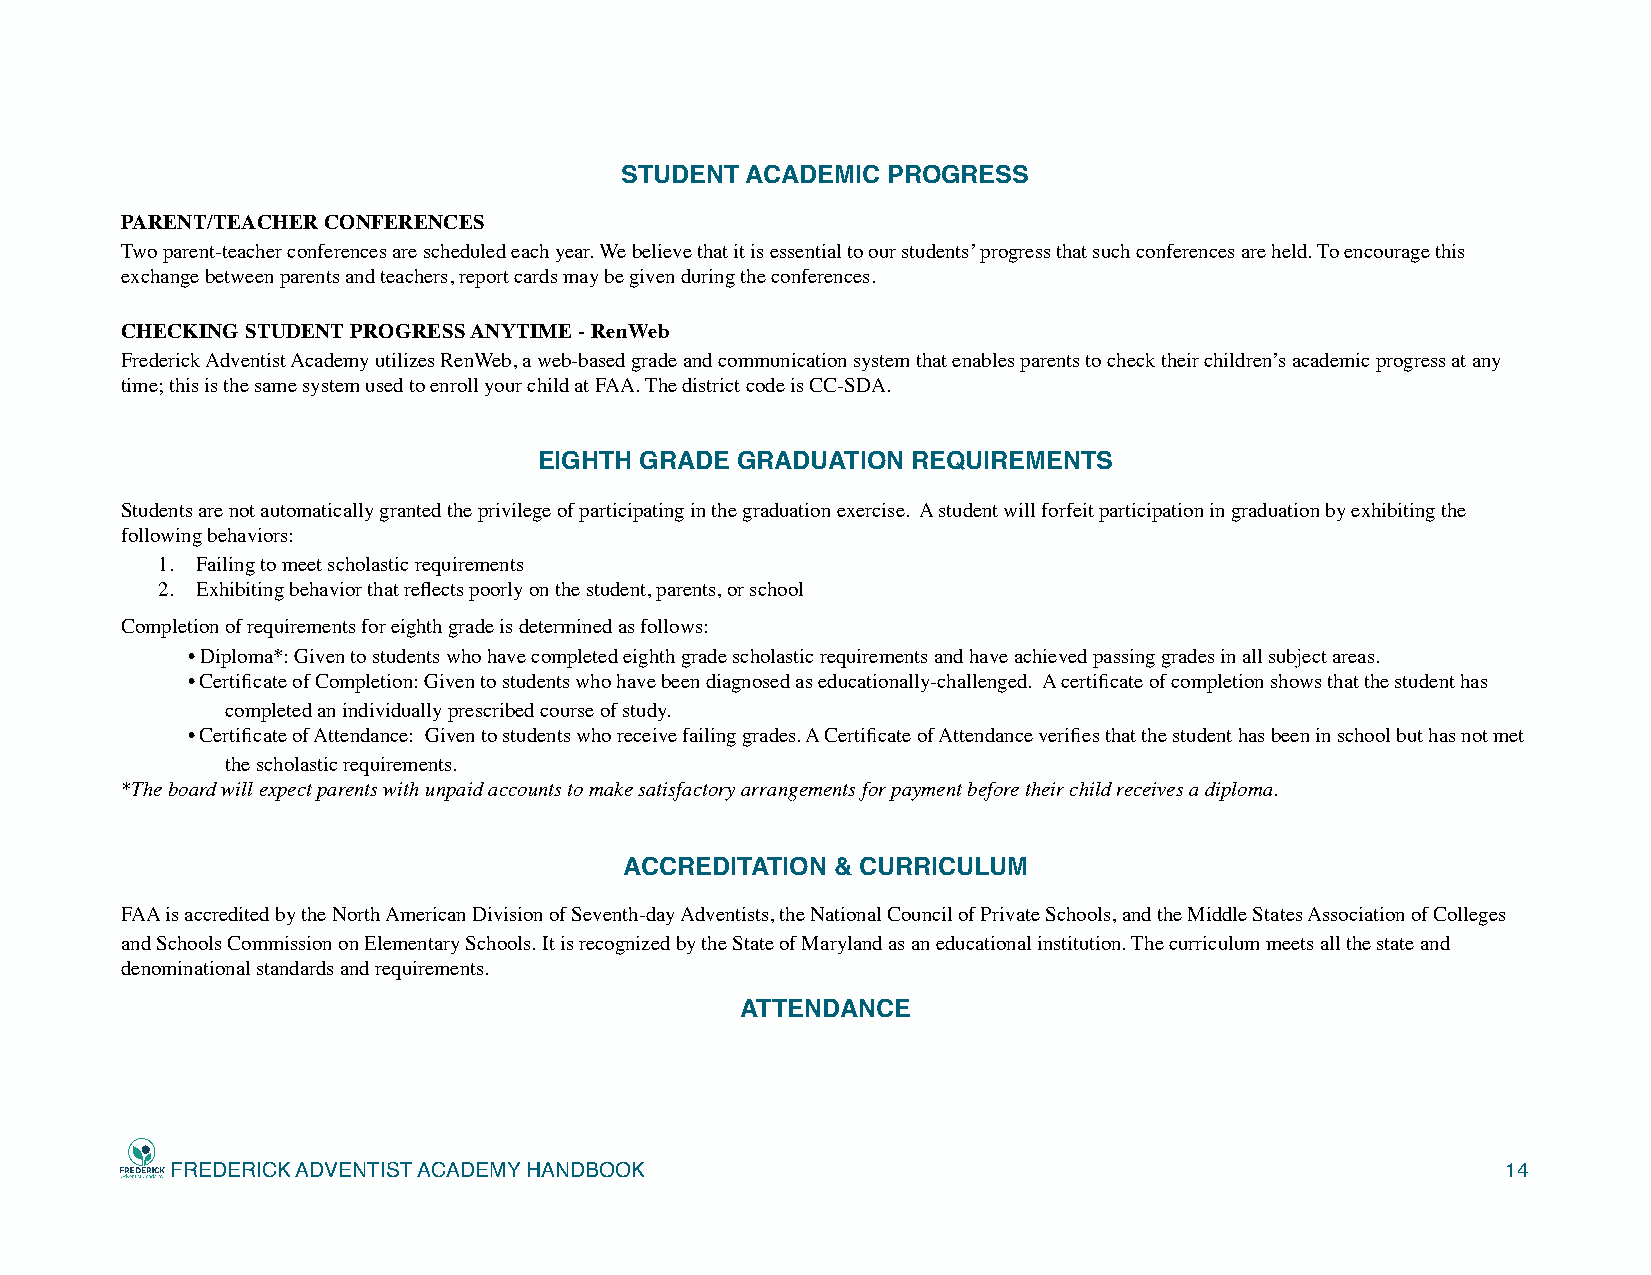
STUDENT ACADEMIC  PROGRESS
 PARENT/TEACHER CONFERENCES
 Two parent-teacher conferences are scheduled each year. We believe that it is essential to our students’ progress that such conferences are held. To encourage this
 exchange between parents and teachers, report cards may be given during the conferences.
 CHECKING STUDENT PROGRESS ANYTIME - RenWeb
 Frederick Adventist Academy utilizes RenWeb, a web-based grade and communication system that enables parents to check their children’s academic progress at any
 time; this is the same system used to enroll your child at FAA. The district code is CC-SDA.
 EIGHTH GRADE GRADUATION REQUIREMENTS
 Students are not automatically granted the privilege of participating in the graduation exercise. A student will forfeit participation in graduation by exhibiting the
 following behaviors:
 1. Failing to meet scholastic requirements
 2. Exhibiting behavior that reflects poorly on the student, parents, or school
 Completion of requirements for eighth grade is determined as follows:
 •Diploma*: Given to students who have completed eighth grade scholastic requirements and have achieved passing grades in all subject areas.
 •Certificate of Completion: Given to students who have been diagnosed as educationally-challenged. A certificate of completion shows that the student has
 completed an individually prescribed course of study.
 •Certificate of Attendance: Given to students who receive failing grades. A Certificate of Attendance verifies that the student has been in school but has not met
 the scholastic requirements.
 *The board will expect parents with unpaid accounts to make satisfactory arrangements for payment before their child receives a diploma.
 ACCREDITATION & CURRICULUM
 FAA is accredited by the North American Division of Seventh-day Adventists, the National Council of Private Schools, and the Middle States Association of Colleges
 and Schools Commission on Elementary Schools. It is recognized by the State of Maryland as an educational institution. The curriculum meets all the state and
 denominational standards and requirements.
 ATTENDANCE
 FREDERICK ADVENTIST ACADEMY HANDBOOK                                                     14